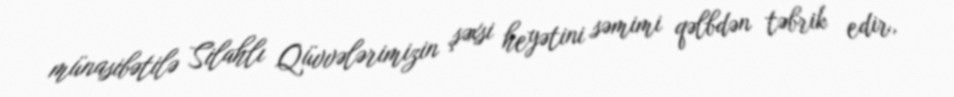
münasibətilə Silahlı Qüvvələrimizin şəxsi heyətini səmimi qəlbdən təbrik edir,